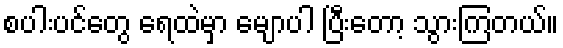
စပါးပင်တွေ ရေထဲမှာ မျောပါ ပြီးတော့ သွားကြတယ်။